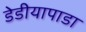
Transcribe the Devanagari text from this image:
डेडीयापाडा